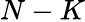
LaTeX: N-K